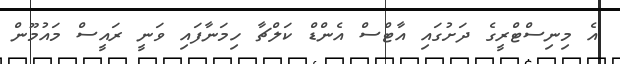
އެ މިނިސްޓްރީގެ ދަށުގައި އާޓްސް އެންޑް ކަލްޗާ ހިމަނާފައި ވަނީ ރައީސް މައުމޫން